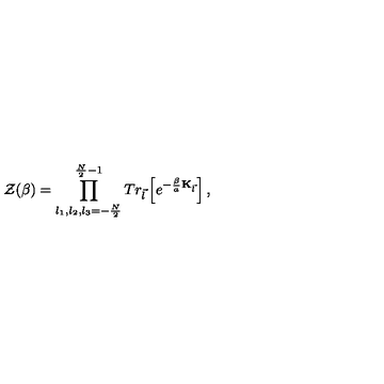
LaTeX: { \cal Z } ( \beta ) = \prod _ { l _ { 1 } , l _ { 2 } , l _ { 3 } = - \frac { N } { 2 } } ^ { \frac { N } { 2 } - 1 } T r _ { \vec { l } } \left[ e ^ { - \frac { \beta } { a } { \bf K } _ { \vec { l } } } \right] ,